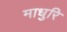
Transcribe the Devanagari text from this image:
माधुरि